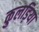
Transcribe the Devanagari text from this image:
कुलड़िया